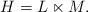
LaTeX: \begin{align*} H = L \ltimes M. \end{align*}